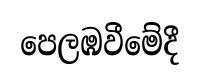
පෙලඹවීමේදී